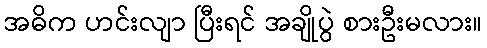
အဓိက ဟင်းလျာ ပြီးရင် အချိုပွဲ စားဦးမလား။